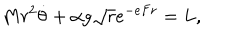
M r ^ { 2 } \dot { \theta } + \alpha g { \sqrt r } e ^ { - e F r } = L ,